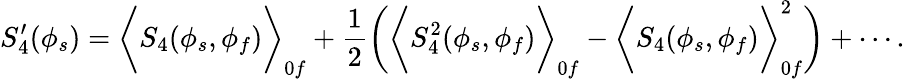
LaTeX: S_{4}^{\prime}(\phi_{s})=\biggl<S_{4}(\phi_{s},\phi_{f})\biggr>_{0f}+\frac{1}{2}\biggl(\biggl<S_{4}^{2}(\phi_{s},\phi_{f})\biggr>_{0f}-\biggl<S_{4}(\phi_{s},\phi_{f})\biggr>_{0f}^{2}\biggr)+\cdots.